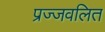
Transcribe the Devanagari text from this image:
प्रज्‍जवलित